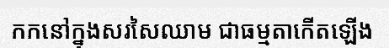
កកនៅក្នុងសរសៃឈាម ជាធម្មតាកើតឡើង